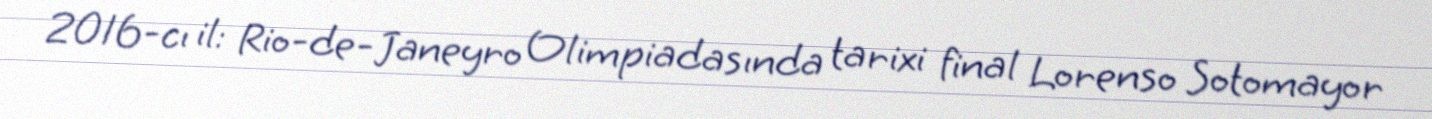
2016-cı il: Rio-de-Janeyro Olimpiadasında tarixi final Lorenso Sotomayor